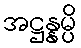
အဋ္ဌန္နမ္ပိ